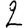
Digit: 2